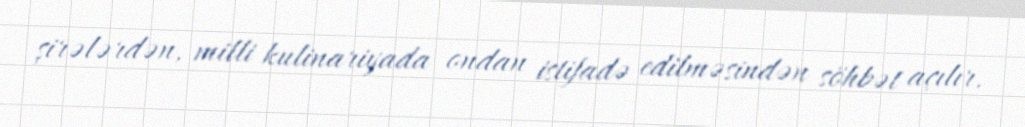
şirələrdən, milli kulinariyada ondan istifadə edilməsindən söhbət açılır.